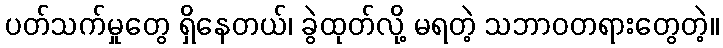
ပတ်သက်မှုတွေ ရှိနေတယ်၊ ခွဲထုတ်လို့ မရတဲ့ သဘာဝတရားတွေတဲ့။